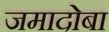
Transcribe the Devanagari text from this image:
जमादोबा